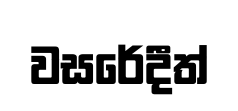
වසරේදීත්